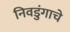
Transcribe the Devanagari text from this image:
निवडुंगाचे